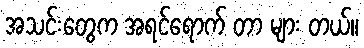
အသင်းတွေက အရင်ရောက် တာ များ တယ်။